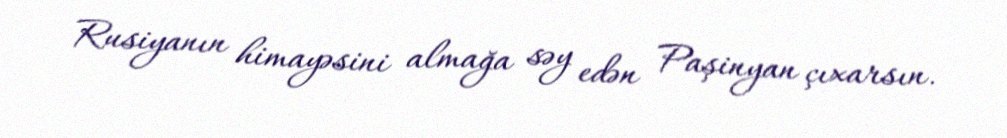
Rusiyanın himayəsini almağa səy edən Paşinyan çıxarsın.